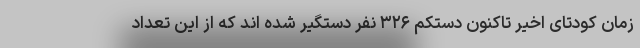
زمان کودتای اخیر تاکنون دستکم ۳۲۶ نفر دستگیر شده اند که از این تعداد